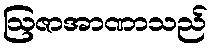
ဩဇာအာဏာသည်